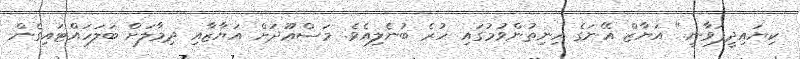
ކިޔައިދީފަވާނީ." އަޔާޒް އޭނަގެ ހިނިތުންވުމުގައި ހުރެ ބުނެލިއެވެ. މަސްޢޫދަށް އަޔާޒާއި ދިމާލަށް ބަލަހައްޓައިގެން